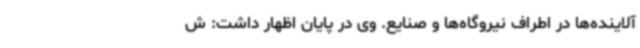
آلاینده‌ها در اطراف نیروگاه‌ها و صنایع. وی در پایان اظهار داشت: ش